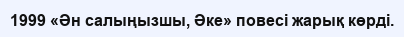
1999 «Ән салыңызшы, Әке» повесі жарық көрді.